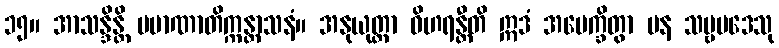
၁၅။ အာသန္ဒိန္တိ ပမာဏာတိက္ကန္တာသနံ။ အနုယုတ္တာ ဝိဟရန္တီတိ ဣဒံ အပေက္ခိတွာ ပန သဗ္ဗပဒေသု